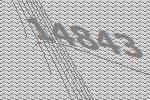
14843